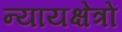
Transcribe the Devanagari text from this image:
न्यायक्षेत्रों